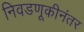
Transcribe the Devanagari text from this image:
निवडणूकीनंतर